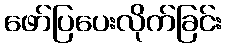
ဖော်ပြပေးလိုက်ခြင်း